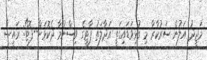
މަޖީދު އަލުން ސަރުކާރާ މި ގުޅިވަޑައިގަތީ އަދާލަތު ޕާޓީގެ ވިސްނުމާ ދެކޮޅަށް--ފޮޓޯ: ރައީސް